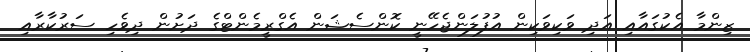
ޒިންމާ އެކުގައާއި އަދި ވަކިވަކިން އުފުލަންޖެހޭނީ ކޮންސެޝަން އެގްރީމެންޓްގެ ދަށުން ދިވެހި ސަރުކާރާއި